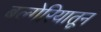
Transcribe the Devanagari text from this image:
बल्गेरियातून